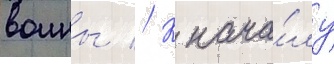
воины // К нача́лу